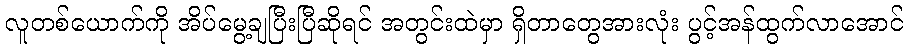
လူတစ်ယောက်ကို အိပ်မွေ့ချပြီးပြီဆိုရင် အတွင်းထဲမှာ ရှိတာတွေအားလုံး ပွင့်အန်ထွက်လာအောင်